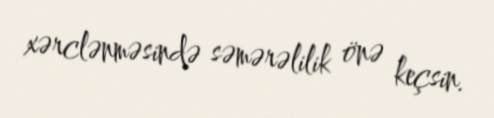
xərclənməsində səmərəlilik önə keçsin.